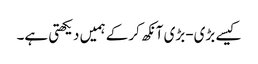
کیسے بڑی-بڑی آنکھ کرکے ہمیں دیکھتی ہے۔